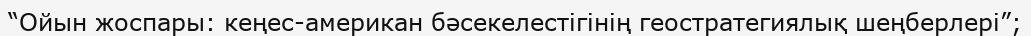
“Ойын жоспары: кеңес-американ бәсекелестігінің геостратегиялық шеңберлері”;